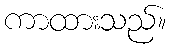
ကာထားသည်။